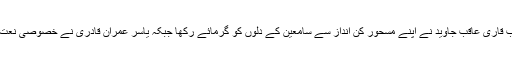
ننھے نقیب قاری عاقب جاوید نے اپنے مسحور کن انداز سے سامعین کے دلوں کو گرمائے رکھا جبکہ یاسر عمران قادری نے خصوصی نعت پیش کی۔